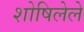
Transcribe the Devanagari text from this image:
शोषिलेले